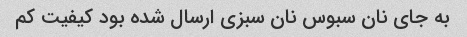
به جای نان سبوس نان سبزی ارسال شده بود کیفیت کم